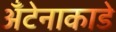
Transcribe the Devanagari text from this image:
अँटेनाकाडे